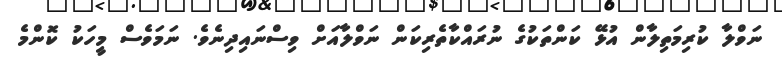
ނަވްލާ ކުރިމަތިލާން އުޅޭ ކަންތަކުގެ ނުރައްކާތެރިކަން ނަވްލާއަށް ވިސްނައިދިނެވެ. ނަމަވެސް މީހަކު ކޮންމެ